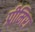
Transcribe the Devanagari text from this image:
प्रीमिरा